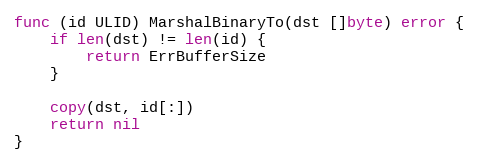
Language: Go
func (id ULID) MarshalBinaryTo(dst []byte) error {
	if len(dst) != len(id) {
		return ErrBufferSize
	}

	copy(dst, id[:])
	return nil
}